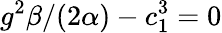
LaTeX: g^{2}\beta/(2\alpha)-c_{1}^{3}=0